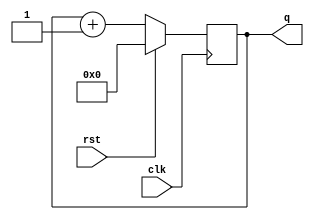
module top
  (input wire clk, rst,
   output reg [3:0] q);

   always @(posedge clk) begin
      if (rst) q <= 0;
      else q <= q + 1;
   end
endmodule // top